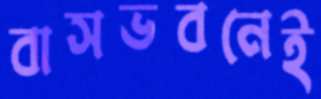
বাসভবনেই